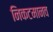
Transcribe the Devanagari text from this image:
निकटमानव